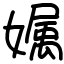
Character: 𡠟